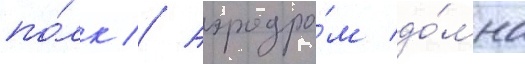
по́лк // Аэродро́м до́мна